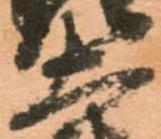
大